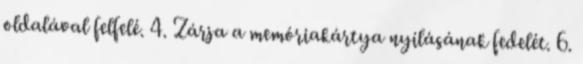
oldalával felfelé. 4. Zárja a memóriakártya nyílásának fedelét. 6.